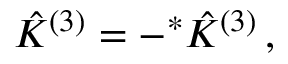
\hat { \cal K } ^ { ( 3 ) } = - { } ^ { * } \hat { \cal K } ^ { ( 3 ) } \, ,